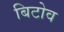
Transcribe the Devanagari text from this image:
बिटोव